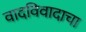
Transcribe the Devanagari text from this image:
वादविवादाचा